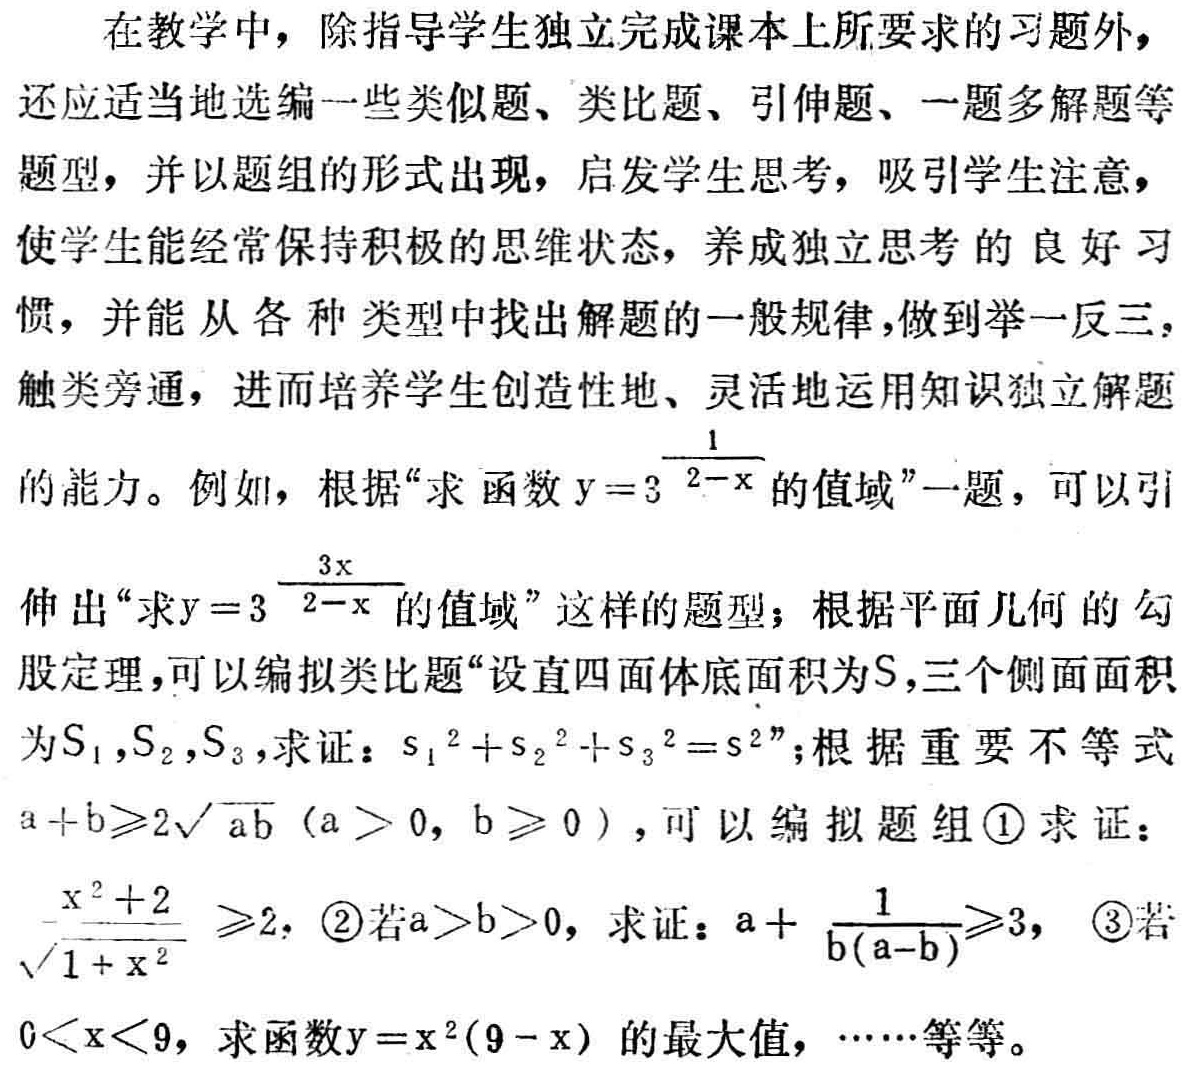
在教学中，除指导学生独立完成课本上所要求的习题外，还应适当地选编一些类似题、类比题、引伸题、一题多解题等题型，并以题组的形式出现，启发学生思考，吸引学生注意，使学生能经常保持积极的思维状态，养成独立思考的良好习惯，并能从各种类型中找出解题的一般规律，做到举一反三，触类旁通，进而培养学生创造性地、灵活地运用知识独立解题的能力。例如，根据“求函数\(y = 3^{\frac{1}{2 - x}}\)的值域”一题，可以引伸出“求\(y = 3^{\frac{3x}{2 - x}}\)的值域”这样的题型；根据平面几何的勾股定理，可以编拟类比题“设直四面体底面积为\(S\)，三个侧面面积为\(S_1,S_2,S_3\)，求证：\(S_1^{2}+S_2^{2}+S_3^{2}=S^{2}\)”；根据重要不等式\(a + b\geqslant 2\sqrt{ab}(a > 0,b\geqslant 0)\)，可以编拟题组\textcircled{1}求证：\(\frac{x^{2}+2}{\sqrt{1 + x^{2}}}\geqslant 2\)，\textcircled{2}若\(a > b > 0\)，求证：\(a+\frac{1}{b(a - b)}\geqslant 3\)，\textcircled{3}若\(0 < x < 9\)，求函数\(y = x^{2}(9 - x)\)的最大值，……等等。